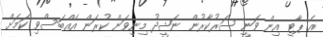
އެ ޕާޓީ އިން ވަނީ ސަރުކާރުން ނަޝީދު މިނިވަން ކުރަން އެއްބަސްވި ކަމަށް